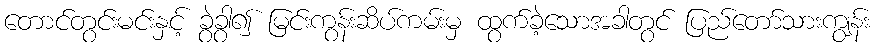
တောင်တွင်းမင်းနှင့် ခွဲခွာ၍ မြင်းကွန်းဆိပ်ကမ်းမှ ထွက်ခဲ့သောအခါတွင် ပြည်တော်သားကျွန်း